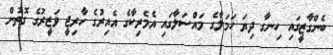
ބެންގާޒީގައި ހިނގާ ދިޔަ ހަމަލާގެ މައްސަލާގައި އެމެރިކާގެ އެއިރުގެ ހާރިޖީ ވަޒީރުގެ ގޮތުން